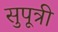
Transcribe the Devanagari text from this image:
सुपूत्री